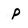
Character: P